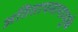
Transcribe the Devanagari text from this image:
अतितापमानामुळे